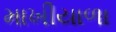
માખીયાળા